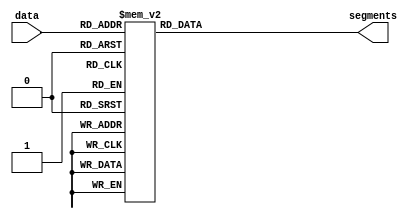
`timescale 1ns/1ps
module sevenseg_dec(
    input [3:0]         data,
    output reg [7:0]    segments
);
	 always @(data) begin
        case(data)
            4'h0: segments = 8'b000_0001_1;
            4'h1: segments = 8'b100_1111_1;
            4'h2: segments = 8'b001_0010_1;
            4'h3: segments = 8'b000_0110_1;
            4'h4: segments = 8'b100_1100_1;
            4'h5: segments = 8'b010_0100_1;
            4'h6: segments = 8'b010_0000_1;
            4'h7: segments = 8'b000_1111_1;
            4'h8: segments = 8'b000_0000_1;
            4'h9: segments = 8'b000_1100_1;
            4'ha: segments = 8'b000_1000_1;
            4'hb: segments = 8'b110_0000_1;
            4'hc: segments = 8'b111_0010_1;
            4'hd: segments = 8'b100_0010_1;
            4'he: segments = 8'b011_0000_1;
            4'hf: segments = 8'b011_1000_1;
            default: segments = 8'b111_1111_1;
        endcase
    end
endmodule